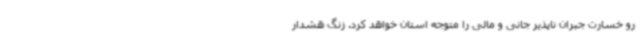
رو خسارت جبران ناپذیر جانی و مالی را متوجه استان خواهد کرد. زنگ هشدار